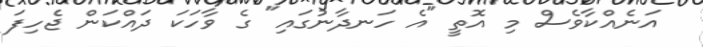
އަނެއްކާވެސް މި އޮތީ "އެ ހަނދާނުގައި" ގެ ވާހަކަ ދައްކަން ޖެހިފަ